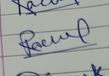
Signature authenticity: genuine